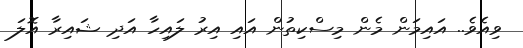
ވިއެވެ.. އައިމަން މެން މިސްކިތުން އައި އިރު ލައިހާ އަދި ޝައިރާ އޮލަ